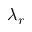
\lambda _ { r }